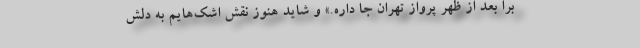
برا بعد از ظهر پرواز تهران جا داره.» و شاید هنوز نقش اشک‌هایم به دلش